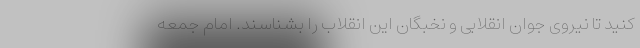
کنید تا نیروی جوان انقلابی و نخبگان این انقلاب را بشناسند. امام جمعه